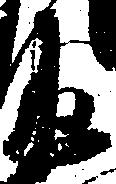
衛